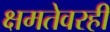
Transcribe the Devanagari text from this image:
क्षमतेवरही